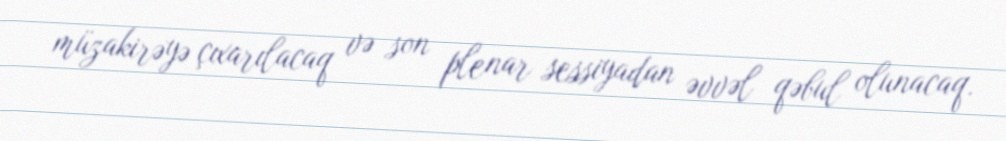
müzakirəyə çıxarılacaq və son plenar sessiyadan əvvəl qəbul olunacaq.